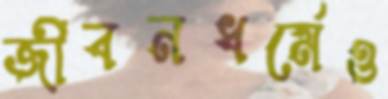
জীবনধর্মেও